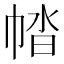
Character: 𢃕